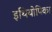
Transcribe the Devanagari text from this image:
इथियोपिका